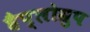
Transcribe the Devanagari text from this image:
हैप्लोग्रुप